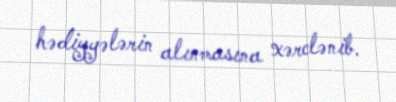
hədiyyələrin alınmasına xərclənib.